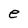
Character: e